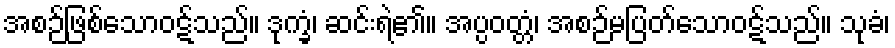
အစဉ်ဖြစ်သောဝဋ်သည်။ ဒုက္ခံ၊ ဆင်းရဲ၏။ အပ္ပဝတ္တံ၊ အစဉ်မပြတ်သောဝဋ်သည်။ သုခံ၊